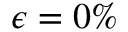
\epsilon = 0 \%